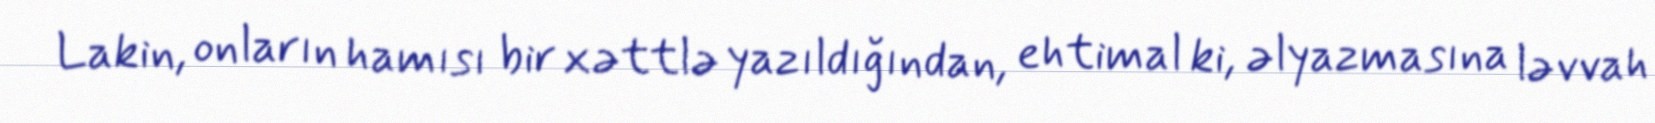
Lakin, onların hamısı bir xəttlə yazıldığından, ehtimal ki, əlyazmasına ləvvah